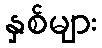
နှစ်များ